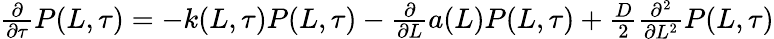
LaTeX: \begin{array}{r}{\frac{\partial}{\partial\tau}P(L,\tau)=-k(L,\tau)P(L,\tau)-\frac{\partial}{\partial L}a(L)P(L,\tau)+\frac{D}{2}\frac{\partial^{2}}{\partial L^{2}}P(L,\tau)}\end{array}